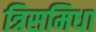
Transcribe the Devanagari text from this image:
त्रिसमिधा